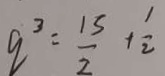
q ^ { 3 } = \frac { 1 5 } { 2 } + \frac { 1 } { 2 }